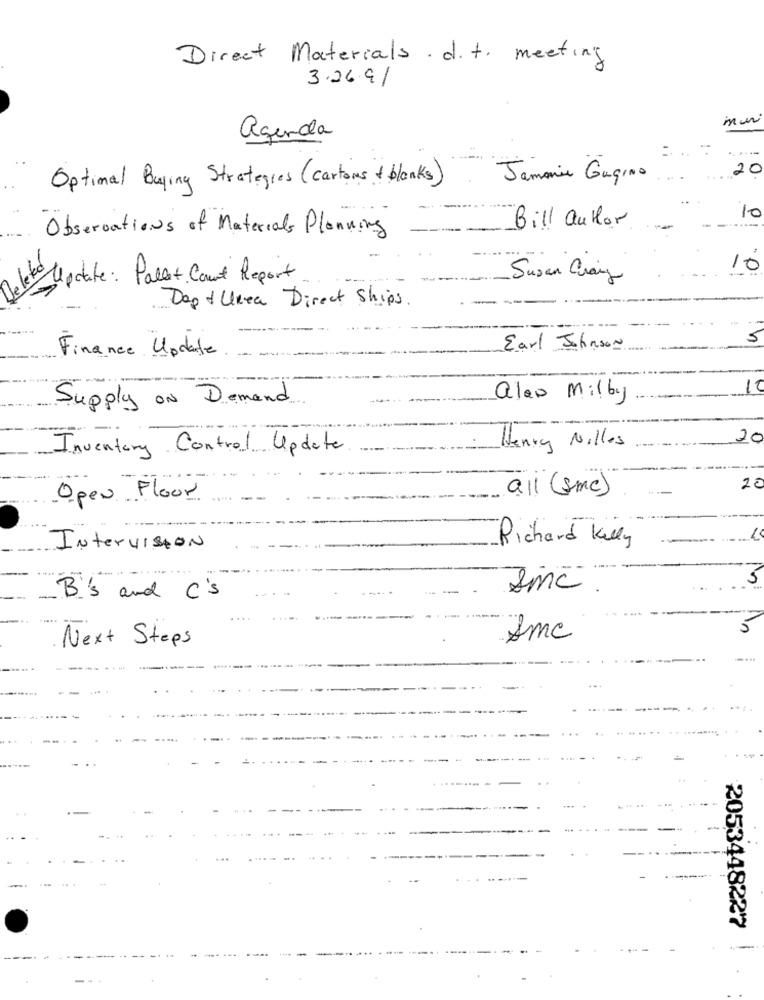
Direct Materials . d. t. meeting
3.26.91
agenda
20
Optimal Buying Strategies (cartons + blanks)
Jamania Gugino
10
Observations of Materials Planning
Bill author
Deleted
10
Update: Pallet Court Report
Susan Craig
Dep& Unea Direct Ships
5
Earl Johnson
Finance Update
10
aleo Milby
Supply ON Demand
20
Inventory Control Update
Henry Nilles
20
Open Floor
all (smc)
Richard Kelly
INtervistoN
B's and C's
Next Steps
Amc
...
-
2053448227